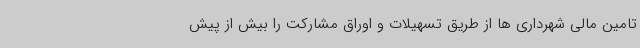
تامین مالی شهرداری ها از طریق تسهیلات و اوراق مشارکت را بیش از پیش